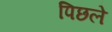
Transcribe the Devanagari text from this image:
पिछले